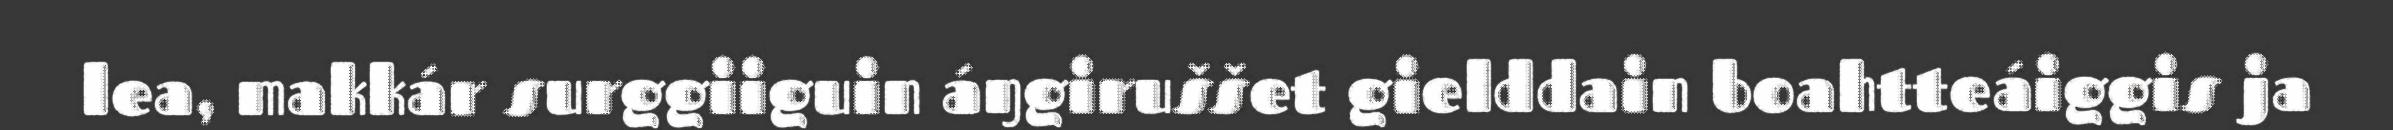
lea, makkár surggiiguin áŋgiruššet gielddain boahtteáiggis ja